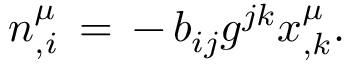
n _ { , i } ^ { \mu } \, = \, - \, b _ { i j } g ^ { j k } x _ { , k } ^ { \mu } .